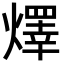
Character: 燡